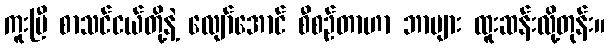
ကူးပြီ စာသင်ငယ်တို့နဲ့ လျော်အောင် စီစဉ်တာဟာ ဘာများ ထူးဆန်းလို့တုန်း။